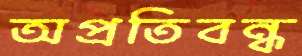
অপ্রতিবন্ধ